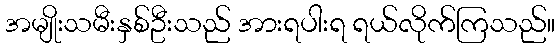
အမျိုးသမီးနှစ်ဦးသည် အားရပါးရ ရယ်လိုက်ကြသည်။